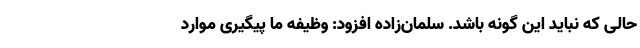
حالی که نباید این گونه باشد. سلمان‌زاده افزود: وظیفه ما پیگیری موارد